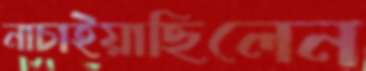
নাচাইয়াছিলেন